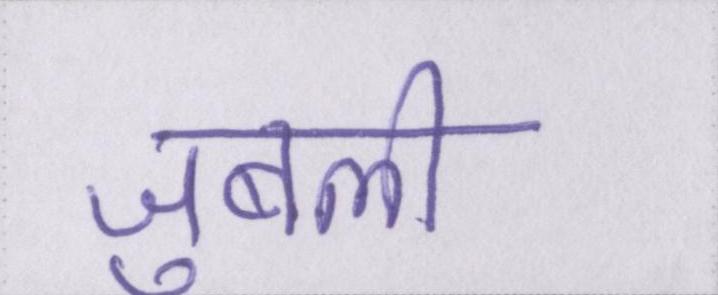
जुबली